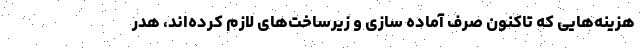
هزینه‌هایی که تاکنون صرف آماده سازی و زیرساخت‌های لازم کرده‌اند، هدر